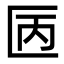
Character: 㔷